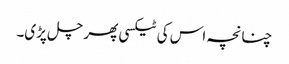
چنانچہ اس کی ٹیکسی پھر چل پڑی۔